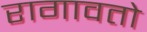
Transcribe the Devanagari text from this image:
रागावतो